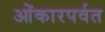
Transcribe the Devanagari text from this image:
ओंकारपर्वत